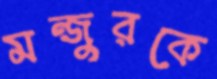
মন্জুরকে